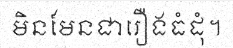
មិនមែនជារឿងធំដុំ។